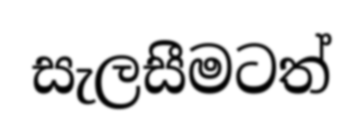
සැලසීමටත්